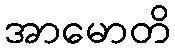
အာမောတိ